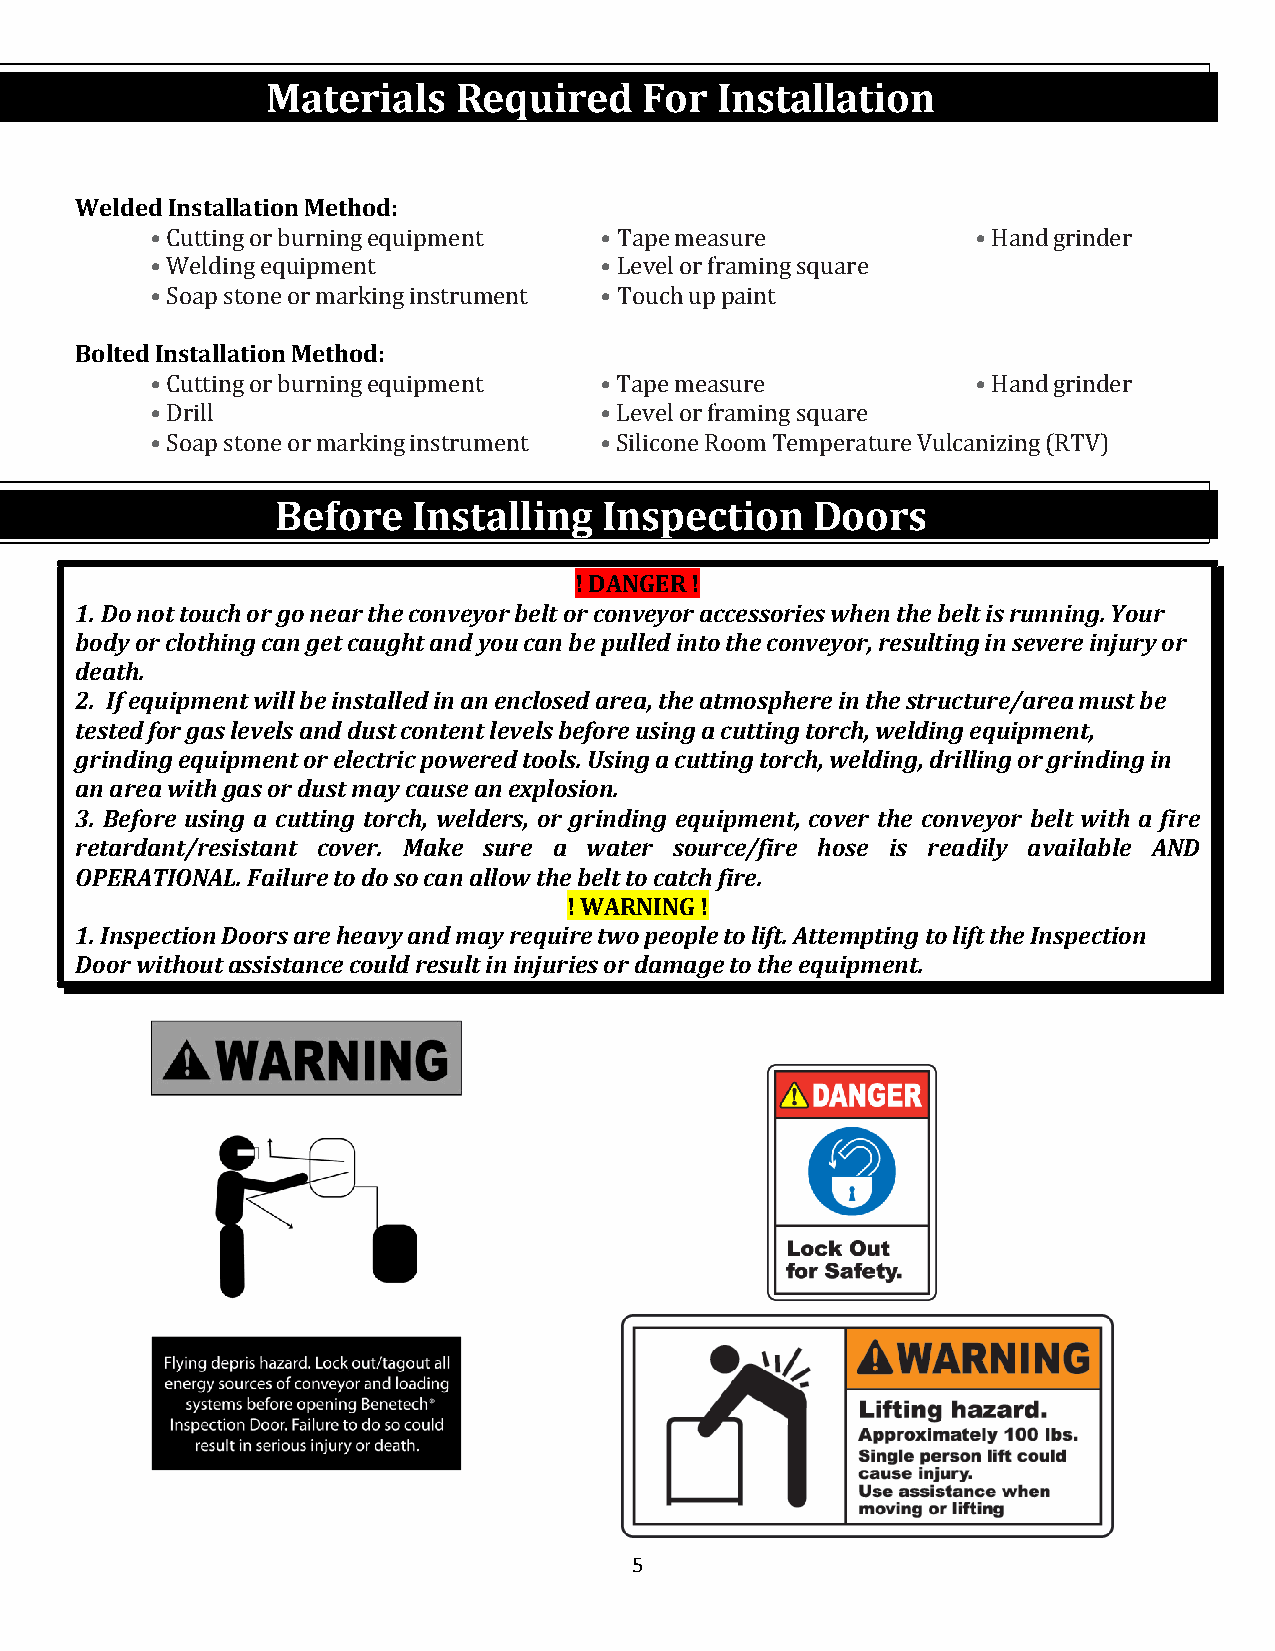
Materials   Required    For  Installation
 Welded Installation Method:
 • Cutting or burning equipment • Tape measure          •Hand grinder
 •Welding equipment            •Level or framing square
 Bolted• InSsotaapl lsattoinoen oMr emtharokdi:ng instrument •Touch up paint
 • Cutting or burning equipment •Tape measure           •Hand grinder
 •Drill                        •Level or framing square
 •Soap stone or marking instrument • Silicone Room Temperature Vulcanizing (RTV)
 Belt Cleaner Inspection Access
 Before   Installing   Inspection    Doors
 ! DANGER !
 1. Do not touch or go near the conveyor belt or conveyor accessories when the belt is running. Your
 body or clothing can get caught and you can be pulled int o the conveyor, resulting in severe injury or
 death.
 2. If equipment will be installed in an enclosed area, the atmosphere in the structure/area must be
 tested for gas levels and dust content levels before using a cutting torch, welding equipment,
 grinding equipment or electric powered tools. Using a cutting torch, welding, drilling or grinding in
 an area with gas or dust may cause an explosion.
 3. Before using a cutting torch, welders, or grinding equipment, cover the conveyor belt with a fire
 retardant/resistant cover. Make sure a wa ter source/fire hose is readily available AND
 OPERATIONAL. Failure to do so can allow the belt to catch fire.
 ! WARNING !
 1. Inspection Doors are heavy and may require two people to li ft. Attempting to lift the Inspection
 Door without assistance could result in injuries or damag e to the equipment.
 5